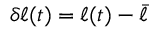
\delta \ell ( t ) = \ell ( t ) - \bar { \ell }